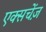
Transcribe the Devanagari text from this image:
एक्सचेंज़